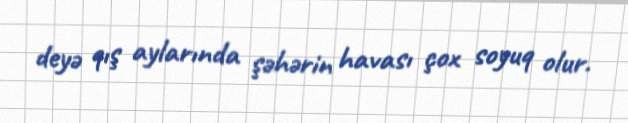
deyə qış aylarında şəhərin havası çox soyuq olur.